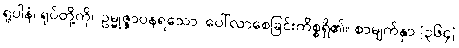
ရူပါနံ၊ ရုပ်တို့ကို။ ဥမ္မုဇ္ဇာပနရသော၊ ပေါ်လာစေခြင်းကိစ္စရှိ၏။ စာမျက်နှာ [၃၆၄]